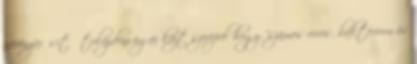
növényerősítő tulajdonságai közt szerepel hogy "számos vírus, baktérium és